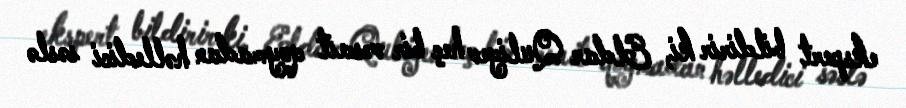
ekspert bildirir ki, Eldar Quliyev heç bir vəsait qoymadan həlledici səslə